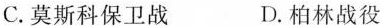
C.莫斯科保卫战 D.柏林战役